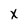
Character: X